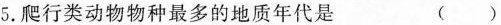
5.爬行类动物物种最多的地质年代是 ()